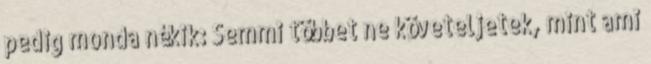
pedig monda nékik: Semmi többet ne követeljetek, mint ami